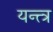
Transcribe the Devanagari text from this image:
यन्त्त्त्र